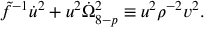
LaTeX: \tilde { f } ^ { - 1 } \dot { u } ^ { 2 } + u ^ { 2 } \dot { \Omega } _ { 8 - p } ^ { 2 } \equiv u ^ { 2 } { \rho } ^ { - 2 } v ^ { 2 } .